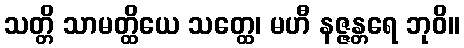
သတ္တိ သာမတ္ထိယေ သတ္ထေ၊ မဟီ နဇ္ဇန္တရေ ဘုဝိ။